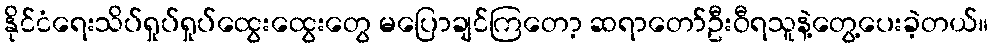
နိုင်ငံရေးသိပ်ရှုပ်ရှုပ်ထွေးထွေးတွေ မပြောချင်ကြတော့ ဆရာတော်ဦးဝီရသူနဲ့တွေ့ပေးခဲ့တယ်။